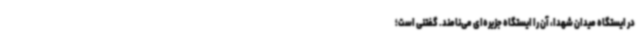
در ایستگاه میدان شهدا، آن را ایستگاه جزیره‌ای می‌نامند. گفتنی است؛